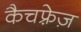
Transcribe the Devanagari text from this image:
कैचफ़्रेज़